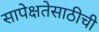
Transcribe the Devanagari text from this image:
सापेक्षतेसाठीची